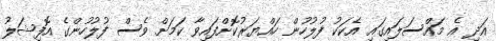
އަދި އެ މައްސަލައިގައި އެކަކު ފުލުހުން ހައްޔަރުކޮށްފައިވާ ކަމަށް ވެސް ފުލުހުންގެ އޮފިޝަލު